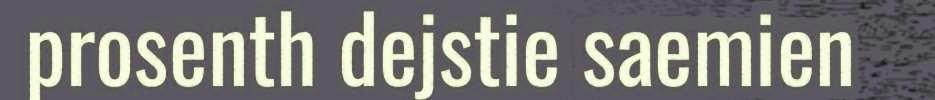
prosenth dejstie saemien